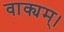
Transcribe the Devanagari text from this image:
वाक्यम्।